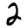
Digit: 2